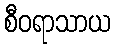
စီဝရာသာယ